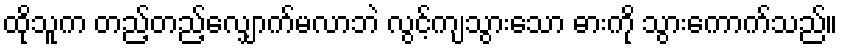
ထိုသူက တည့်တည့်လျှောက်မလာဘဲ လွင့်ကျသွားသော ဓားကို သွားကောက်သည်။